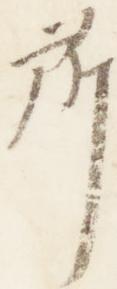
所